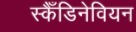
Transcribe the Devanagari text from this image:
स्कैँडिनेवियन